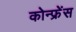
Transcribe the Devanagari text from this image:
कोन्फ्रेंस